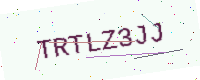
Text: TRTLZ3JJ